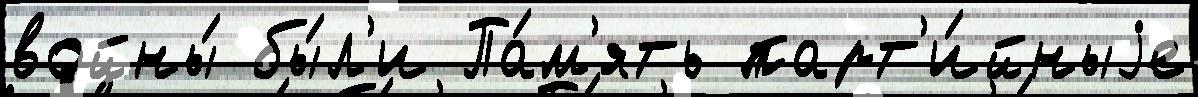
войны́ бы́л'и Па́м'ять парт'и́йныjе